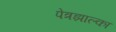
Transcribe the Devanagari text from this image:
पेत्रझाल्का